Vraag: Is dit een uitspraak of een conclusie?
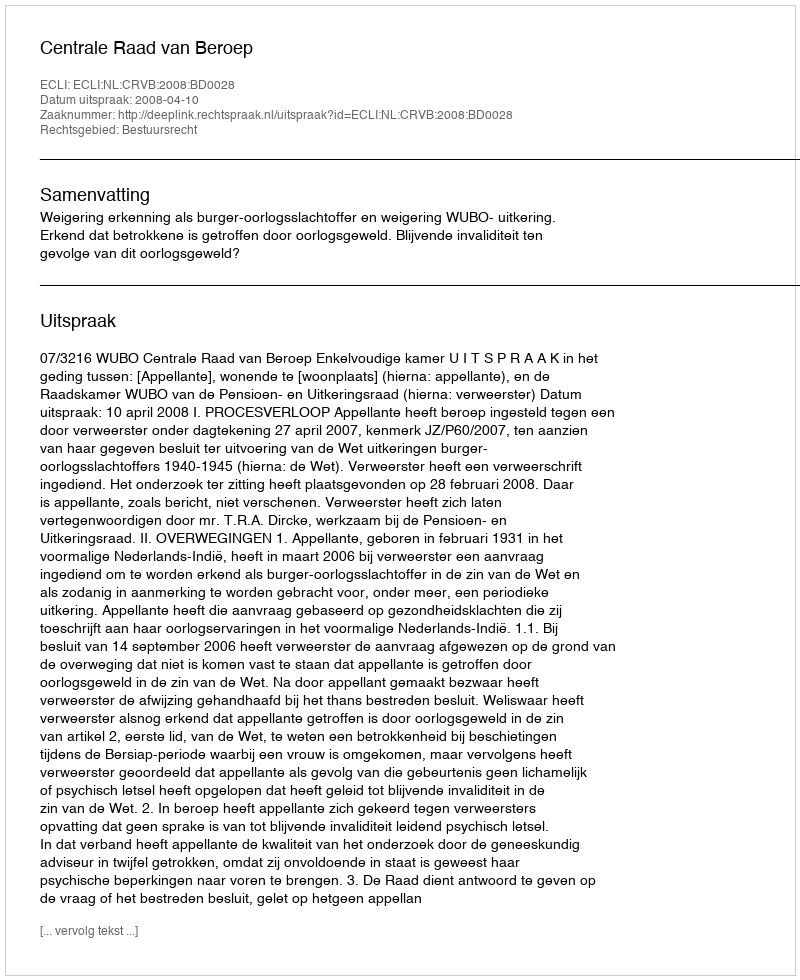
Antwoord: Uitspraak